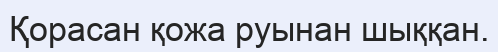
Қорасан қожа руынан шыққан.